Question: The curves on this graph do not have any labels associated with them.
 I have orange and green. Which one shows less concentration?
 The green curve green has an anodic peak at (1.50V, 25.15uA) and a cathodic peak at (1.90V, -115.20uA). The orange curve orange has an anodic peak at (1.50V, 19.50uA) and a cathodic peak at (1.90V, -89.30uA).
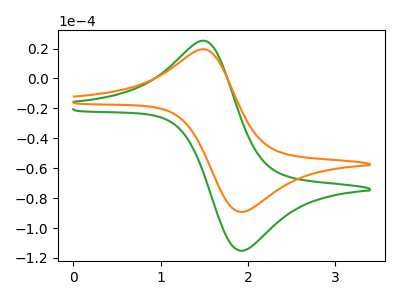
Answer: <think>All the peaks in "orange" have a peak in "green" at the same potential. Every peak in "orange" is lower than every peak in "green".
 </think>
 <answer>"orange" has less signal than "green" and so likely has a lower concentration.</answer>
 <eval>less_concentration</eval>